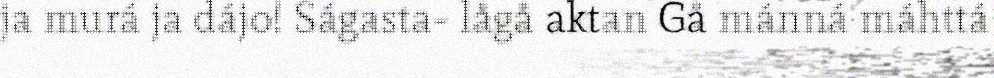
ja murá ja dájo! Ságasta- lågå aktan Gå mánná máhttá